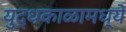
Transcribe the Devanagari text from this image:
युद्धकाळामध्ये